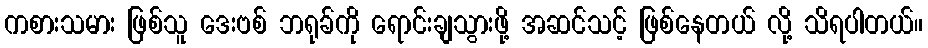
ကစားသမား ဖြစ်သူ ဒေးဗစ် ဘရုခ်ကို ရောင်းချသွားဖို့ အဆင်သင့် ဖြစ်နေတယ် လို့ သိရပါတယ်။